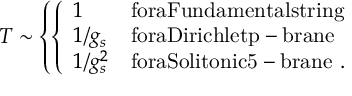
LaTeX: T \sim \left\{ \left\{ \begin{array} { l l } { { 1 } } & { { \mathrm { f o r a F u n d a m e n t a l s t r i n g } } } \\ { { 1 / g _ { s } } } & { { \mathrm { f o r a D i r i c h l e t p - b r a n e } } } \\ { { 1 / g _ { s } ^ { 2 } } } & { { \mathrm { f o r a S o l i t o n i c 5 - b r a n e } \ . } } \end{array} \right. \right.